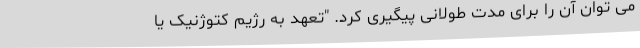
می توان آن را برای مدت طولانی پیگیری کرد. "تعهد به رژیم کتوژنیک یا